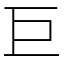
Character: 巨